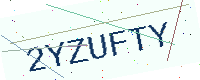
Text: 2YZUFTY